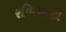
રળિયાટી